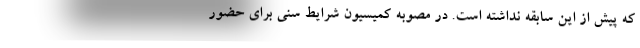
که پیش از این سابقه نداشته است. در مصوبه کمیسیون شرایط سنی برای حضور